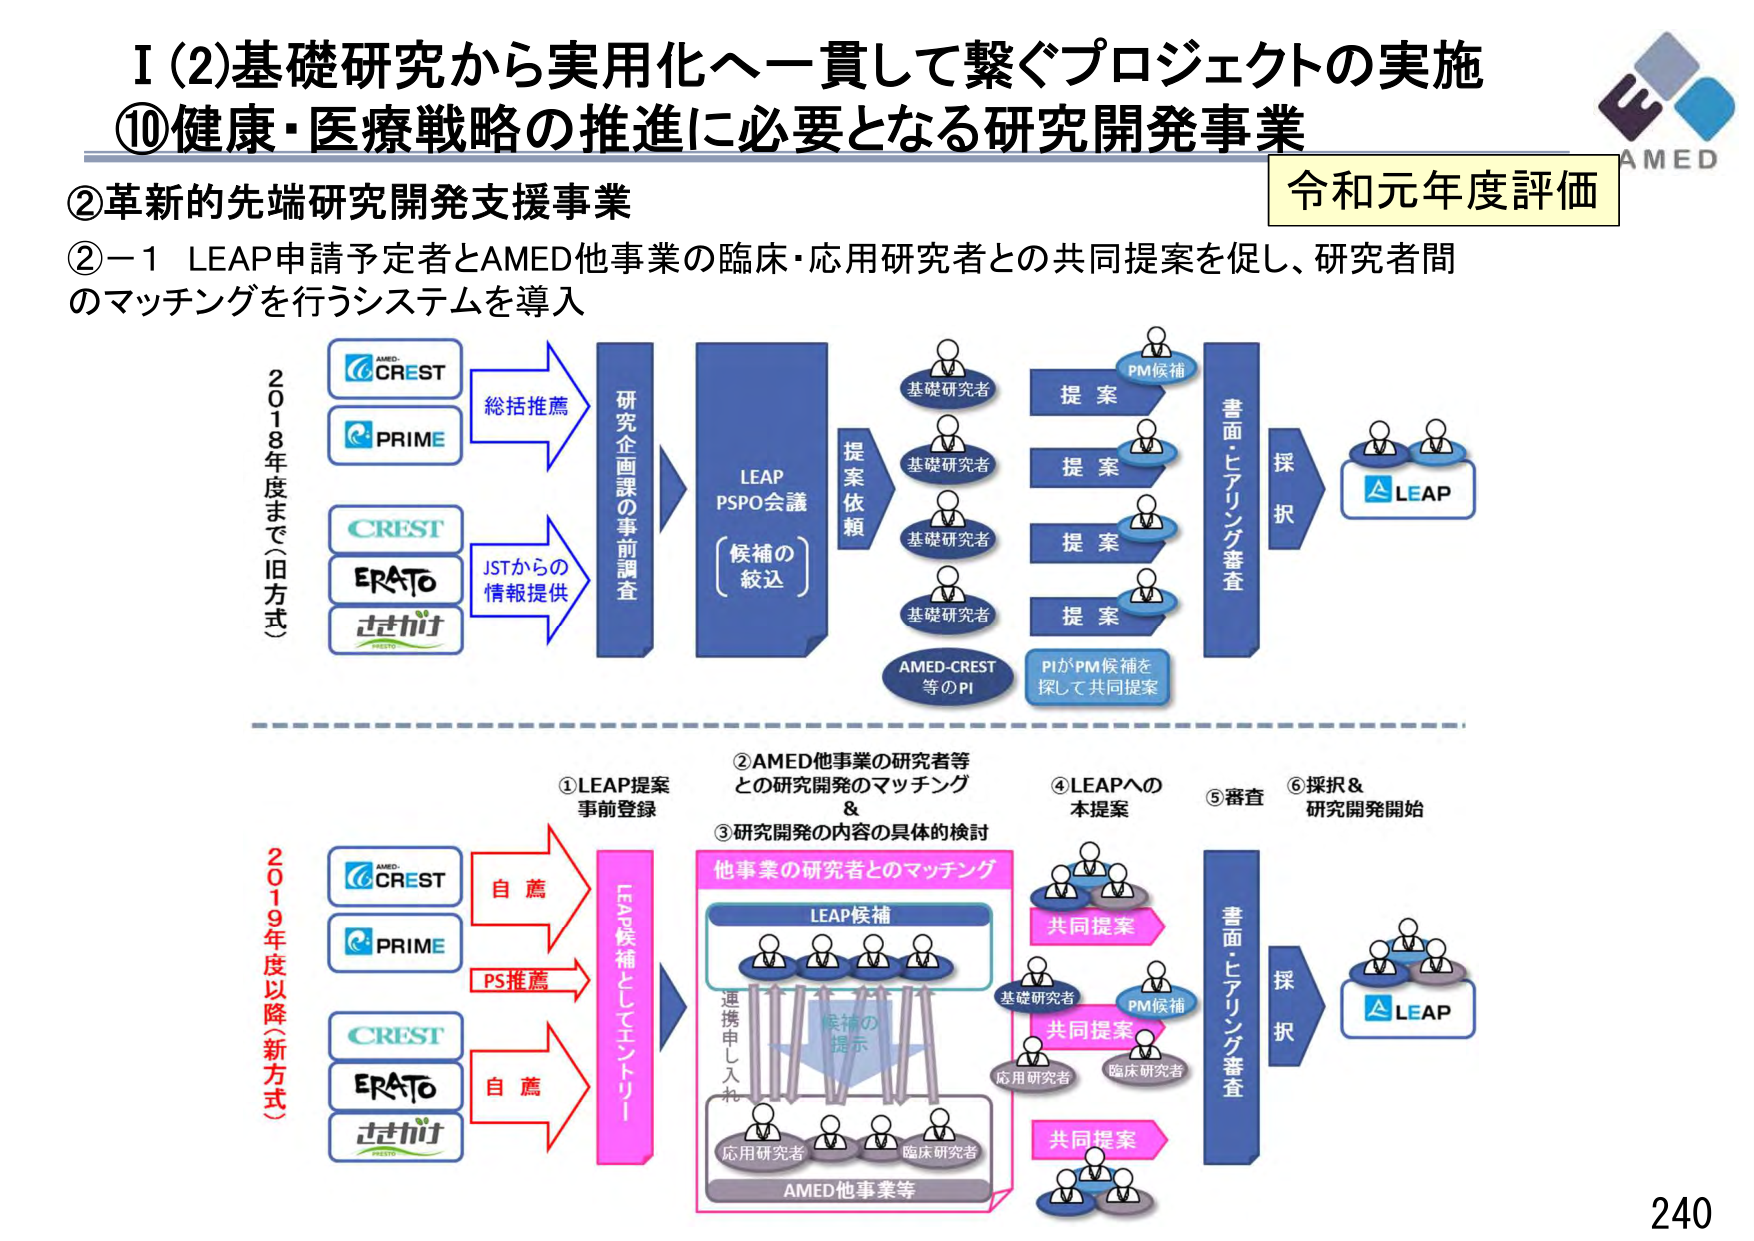
I (2) 基礎研究から実用化へ一貫して繋ぐプロジェクトの実施
⑩健康・医療戦略の推進に必要となる研究開発事業
②革新的先端研究開発支援事業
②－1 LEAP申請予定者とAMED他事業の臨床・応用研究者との共同提案を促し、研究者間のマッチングを行うシステムを導入

令和元年度評価

AMED

2018年度まで（旧方式）
AMED-CREST
PRIME
CREST
ERATO
さきがけ
総括推薦
JSTからの情報提供
研究企画課の事前調査
LEAP
PSPO会議
（候補の絞込）
提案依頼
基礎研究者
基礎研究者
基礎研究者
基礎研究者
AMED-CREST等のPI
PM候補
提案
提案
提案
提案
PIがPM候補を探して共同提案
書面・ヒアリング審査
採択
LEAP

2019年度以降（新方式）
AMED-CREST
PRIME
CREST
ERATO
さきがけ
自薦
PS推薦
自薦
「LEAP候補としてエントリー」
①LEAP提案事前登録
②AMED他事業の研究者等との研究開発のマッチング &
③研究開発の内容の具体的検討
他事業の研究者とのマッチング
LEAP候補
候補の提示
連携申し込み
応用研究者
臨床研究者
AMED他事業等
共同提案
基礎研究者
PM候補
共同提案
応用研究者
臨床研究者
共同提案
④LEAPへの本提案
⑤審査
⑥採択&研究開発開始
書面・ヒアリング審査
採択
LEAP

240